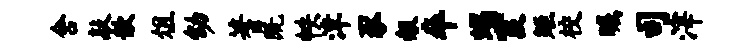
舍敲歆俎幼蓍既帙津豕赧卒蝎霞矩校瞩司滓